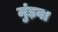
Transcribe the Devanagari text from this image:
मुंड़वा